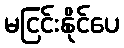
မငြင်းနိုင်ပေ